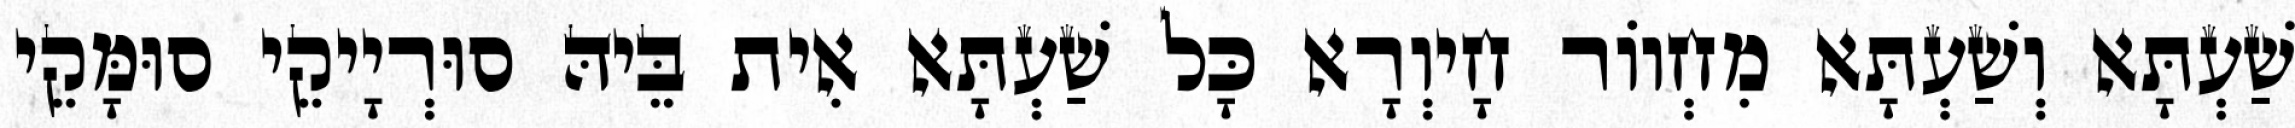
שַׁעְתָּא וְשַׁעְתָּא מִחְווֹר חָיוְרָא כָּל שַׁעְתָּא אִית בֵּיהּ סוּרְיָיקֵי סוּמָּקֵי